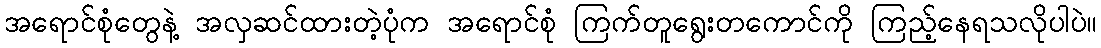
အရောင်စုံတွေနဲ့ အလှဆင်ထားတဲ့ပုံက အရောင်စုံ ကြက်တူရွေးတကောင်ကို ကြည့်နေရသလိုပါပဲ။